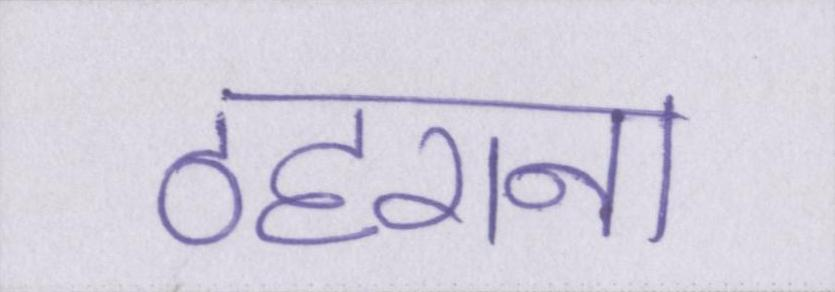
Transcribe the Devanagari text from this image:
ठहराना